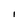
Character: i